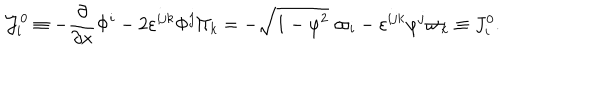
{ \cal J } _ { i } ^ { 0 } \equiv - \frac \partial { \partial x } \Phi ^ { i } - 2 \varepsilon ^ { i j k } \Phi ^ { j } \Pi _ { k } = - \sqrt { 1 - { \varphi } ^ { 2 } } \; \varpi _ { i } - \varepsilon ^ { i j k } \varphi ^ { j } \varpi _ { k } \equiv J _ { i } ^ { 0 } .